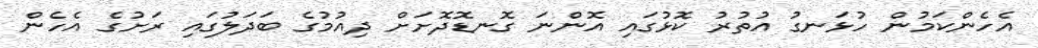
އެެހެންކަމުން ހުޅަނގު އުތުރު ކޮޅުގައި އޮންނަ ގޮނޑޮދޮށަށް ދިއުމުގެ ބަދަލުގައި ރަށުގެ އެހެން